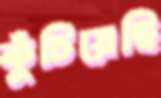
কুঁচিয়েছি